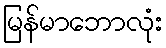
မြန်မာဘောလုံး